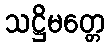
သဋ္ဌိမတ္တေ